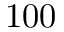
1 0 0